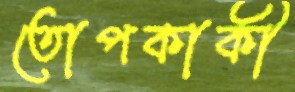
তোপকাকী